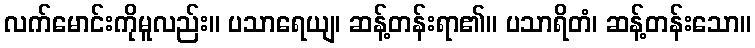
လက်မောင်းကိုမူလည်း။ ပသာရေယျ၊ ဆန့်တန်းရာ၏။ ပသာရိတံ၊ ဆန့်တန်းသော။